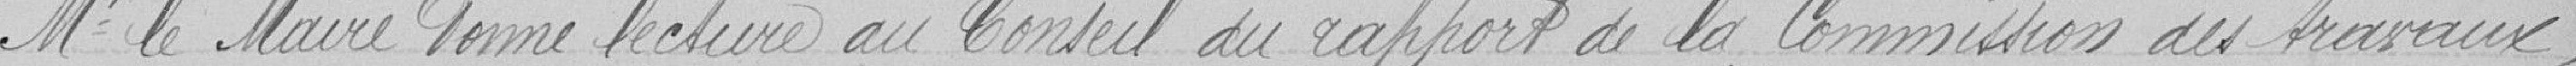
Monsieur le Maire donne lecture au Conseil du rapport de la Commission aux travaux